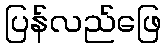
ပြန်လည်ဖြေ